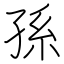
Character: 孫